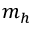
m _ { h }